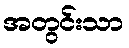
အတွင်းသာ